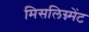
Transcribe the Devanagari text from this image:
मिसलिग्न्मेंट